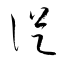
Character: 従